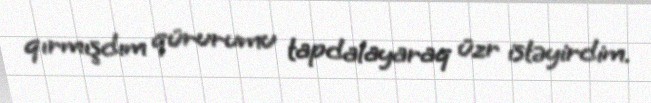
qırmışdım qürurumu tapdalayaraq üzr istəyirdim.